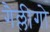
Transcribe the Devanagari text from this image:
गैल्लीगो